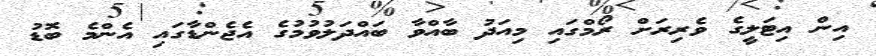
އިން އިޓަލީގެ ވެރިރަށް ރޯމްގައި މިއަދު ބާއްވާ ބައްދަލުވުމުގެ އެޖެންޑާގައި އެންމެ ބޮޑު